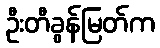
ဦးတီခွန်မြတ်က